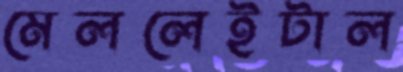
মেললেইটাল